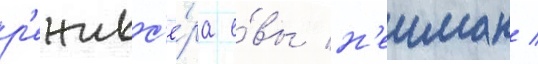
р'ежисс'ё́ра е́вы н'еиман /